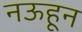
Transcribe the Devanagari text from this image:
नऊहून